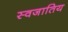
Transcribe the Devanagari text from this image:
स्वजातिय